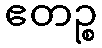
ဧတဉ္စ